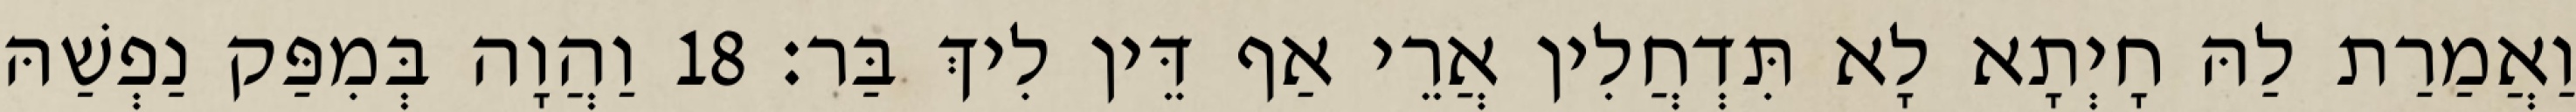
וַאֲמַרַת לַהּ חָיְתָא לָא תִּדְחֲלִין אֲרֵי אַף דֵּין לִיךְ בַּר׃ 18 וַהֲוָה בְּמִפַּק נַפְשַׁהּ